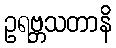
ဥရဗ္ဘသတာနိ